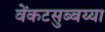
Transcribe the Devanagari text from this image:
वेंकटसुब्बय्या